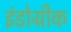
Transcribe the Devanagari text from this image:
इंंडोग्रीक